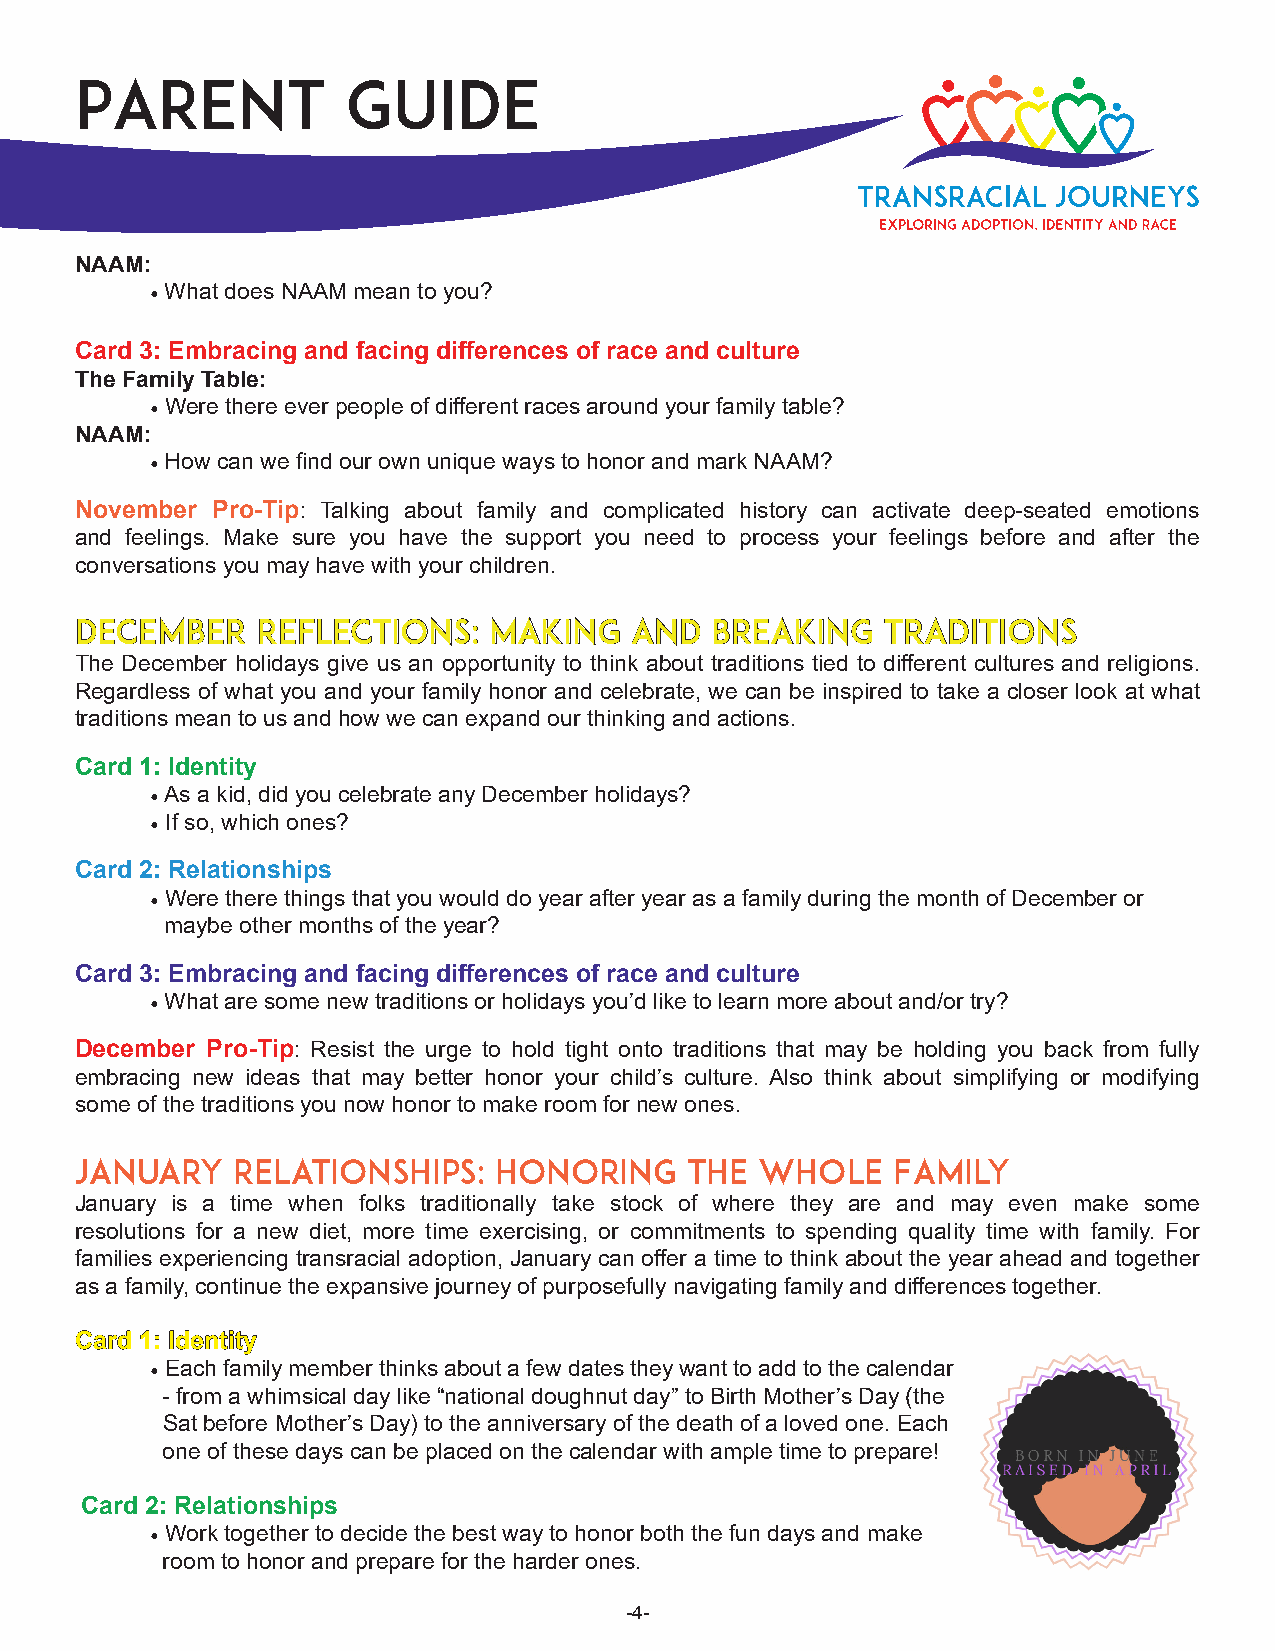
Parent            Guide
 NAAM:
 • What does NAAM mean to you?
 Card 3: Embracing and facing differences of race and culture
 The Family Table:
 • Were there ever people of different races around your family table?
 NAAM:
 • How can we find our own unique ways to honor and mark NAAM?
 November Pro-Tip: Talking about family and complicated history can activate deep-seated emotions
 and feelings. Make sure you have the support you need to process your feelings before and after the
 conversations you may have with your children.
 DDeecceemmbbeerr RReefflleeccttiioonnss:: MMaakkiinngg aanndd BBrreeaakkiinngg TTrraaddiittiioonnss
 The December holidays give us an opportunity to think about traditions tied to different cultures and religions.
 Regardless of what you and your family honor and celebrate, we can be inspired to take a closer look at what
 traditions mean to us and how we can expand our thinking and actions.
 Card 1: Identity
 • As a kid, did you celebrate any December holidays?
 • If so, which ones?
 Card 2: Relationships
 • Were there things that you would do year after year as a family during the month of December or
 maybe other months of the year?
 Card 3: Embracing and facing differences of race and culture
 • What are some new traditions or holidays you’d like to learn more about and/or try?
 December Pro-Tip: Resist the urge to hold tight onto traditions that may be holding you back from fully
 embracing new ideas that may better honor your child’s culture. Also think about simplifying or modifying
 some of the traditions you now honor to make room for new ones.
 January   Relationships:    Honoring    the  Whole    Family
 January is a time when folks traditionally take stock of where they are and may even make some
 resolutions for a new diet, more time exercising, or commitments to spending quality time with family. For
 families experiencing transracial adoption, January can offer a time to think about the year ahead and together
 as a family, continue the expansive journey of purposefully navigating family and differences together.
 CCaarrdd 11:: IIddeennttiittyy
 • Each family member thinks about a few dates they want to add to the calendar
 - from a whimsical day like “national doughnut day” to Birth Mother’s Day (the
 Sat before Mother’s Day) to the anniversary of the death of a loved one. Each
 one of these days can be placed on the calendar with ample time to prepare!
 Card 2: Relationships
 • Work together to decide the best way to honor both the fun days and make
 room to honor and prepare for the harder ones.
 -4-